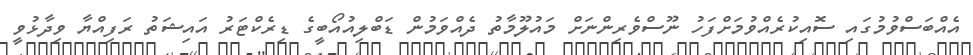
އެއްބަސްވުމުގައި ސޮއިކުރެއްވުމަށްފަހު ނޫސްވެރިންނަށް މައުލޫމާތު ދެއްވަމުން ޑަބްލިއުއޯބީގެ ޑިރެކްޓަރު އައިޝަތު ރަފިއްޔާ ވިދާޅުވީ